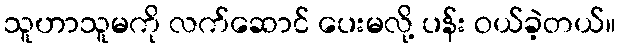
သူဟာသူမကို လက်ဆောင် ပေးမလို့ ပန်း ဝယ်ခဲ့တယ်။